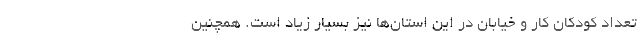
تعداد کودکان کار و خیابان در این استان‌ها نیز بسیار زیاد است. همچنین